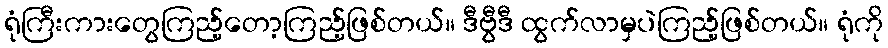
ရုံကြီးကားတွေကြည့်တော့ကြည့်ဖြစ်တယ်။ ဒီဗွီဒီ ထွက်လာမှပဲကြည့်ဖြစ်တယ်။ ရုံကို